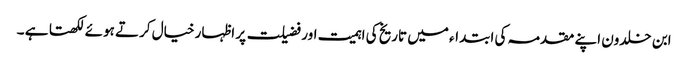
ابن خلدون اپنے مقدمہ کی ابتداء میں تاریخ کی اہمیت اور فضیلت پر اظہار خیال کرتے ہوئے لکھتا ہے ۔